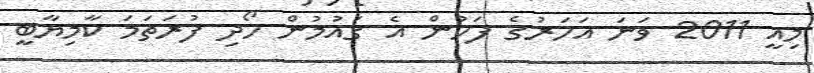
މިއީ 2011 ވަނަ އަހަރުގެ ފަހުން އެ ގައުމުން ހޯދި ފުރަތަމަ ކާމިޔާބީ